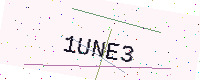
Text: 1UNE3